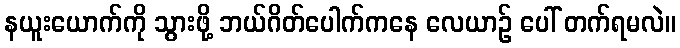
နယူးယောက်ကို သွားဖို့ ဘယ်ဂိတ်ပေါက်ကနေ လေယာဉ် ပေါ် တက်ရမလဲ။